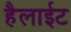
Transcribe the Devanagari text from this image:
हैलाईट